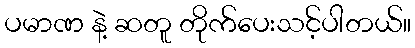
ပမာဏ နဲ့ ဆတူ တိုက်ပေးသင့်ပါတယ်။